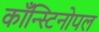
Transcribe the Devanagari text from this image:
काँन्स्टिनोपल